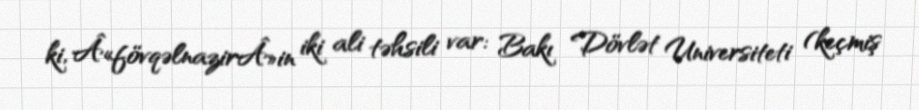
ki, Â«fövqəlnazirÂ»in iki ali təhsili var: Bakı Dövlət Universiteti (keçmiş